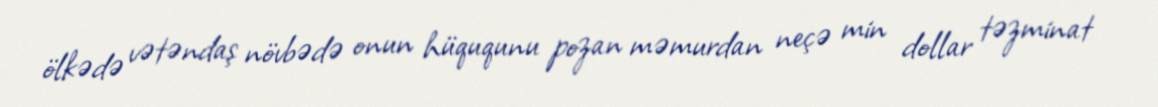
ölkədə vətəndaş növbədə onun hüququnu pozan məmurdan neçə min dollar təzminat